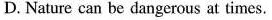
D. Nature can be dangerous at times.